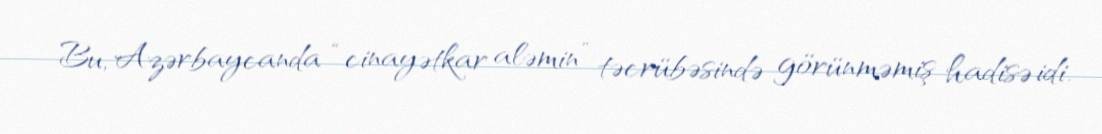
Bu, Azərbaycanda “cinayətkar aləmin” təcrübəsində görünməmiş hadisə idi.